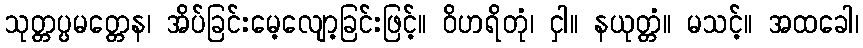
သုတ္တပ္ပမတ္တေန၊ အိပ်ခြင်းမေ့လျော့ခြင်းဖြင့်။ ဝိဟရိတုံ၊ ငှါ။ နယုတ္တံ။ မသင့်။ အထခေါ၊